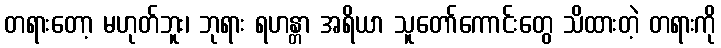
တရားတော့ မဟုတ်ဘူး၊ ဘုရား ရဟန္တာ အရိယာ သူတော်ကောင်းတွေ သိထားတဲ့ တရားကို